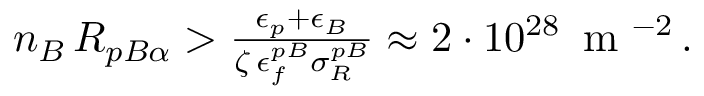
\begin{array} { r } { n _ { B } \, { \cal R } _ { p B \alpha } > \frac { \epsilon _ { p } + \epsilon _ { B } } { \zeta \, \epsilon _ { f } ^ { p B } \sigma _ { R } ^ { p B } } \approx 2 \cdot 1 0 ^ { 2 8 } \, \mathrm { ~ m ~ } ^ { - 2 } \, . } \end{array}